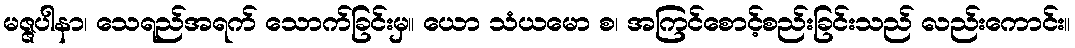
မဇ္ဇပါနာ၊ သေရည်အရက် သောက်ခြင်းမှ။ ယော သံယမော စ၊ အကြင်စောင့်စည်းခြင်းသည် လည်းကောင်း။